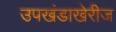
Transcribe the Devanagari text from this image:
उपखंडाखेरीज